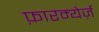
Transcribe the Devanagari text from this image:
फ़ारम्येर्ज़